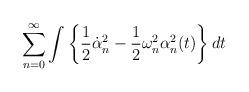
LaTeX: \begin{align*}\sum_{n=0}^{\infty}\int\left\{\frac12\dot{\alpha}^2_n - \frac12\omega_n^2\alpha_n^2(t)\right\}dt\end{align*}